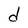
Character: d